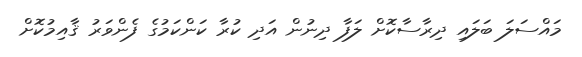
މައްސަލަ ބަލައި ދިރާސާކޮށް ލަފާ ދިނުން އަދި ކުރާ ކަންކަމުގެ ފެންވަރު ޤާއިމުކޮށް